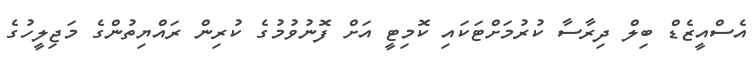
އެސްއީޒެޑް ބިލް ދިރާސާ ކުރުމަށްޓަކައި ކޮމިޓީ އަށް ފޮނުވުމުގެ ކުރިން ރައްޔިތުންގެ މަޖިލީހުގެ